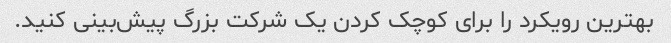
بهترین رویکرد را برای کوچک کردن یک شرکت بزرگ پیش‌بینی کنید.